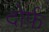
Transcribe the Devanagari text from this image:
दोर्फ़